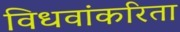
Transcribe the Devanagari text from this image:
विधवांकरिता